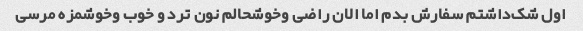
اول شک‌داشتم سفارش بدم اما الان راضی و‌خوشحالم نون ترد و خوب و‌خوشمزه مرسی